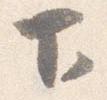
下